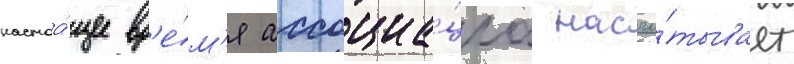
настоа́щее вр'е́м'я ассоциа́циа насчи́тывает